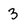
Character: 3